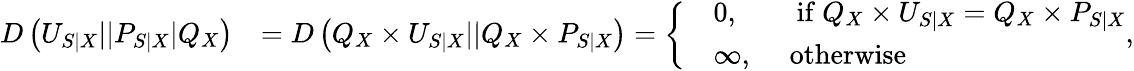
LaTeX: \begin{array}{rl}{D\left(U_{S|X}||P_{S|X}|Q_{X}\right)}&{=D\left(Q_{X}\times U_{S|X}||Q_{X}\times P_{S|X}\right)=\left\{ \begin{array}{rl}&{0,\quad\quad\mathrm{if~}Q_{X}\times U_{S|X}=Q_{X}\times P_{S|X}}\\ &{\infty,\quad\mathrm{~otherwise}}\end{array}\right.,}\end{array}